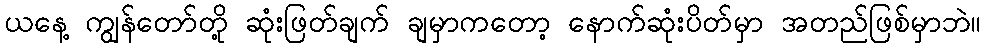
ယနေ့ ကျွန်တော်တို့ ဆုံးဖြတ်ချက် ချမှာကတော့ နောက်ဆုံးပိတ်မှာ အတည်ဖြစ်မှာဘဲ။